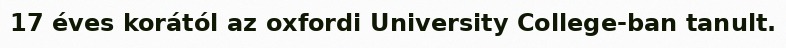
17 éves korától az oxfordi University College-ban tanult.